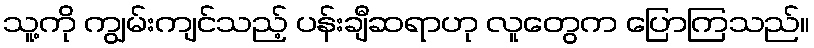
သူ့ကို ကျွမ်းကျင်သည့် ပန်းချီဆရာဟု လူတွေက ပြောကြသည်။